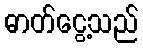
ဓာတ်ငွေ့သည်